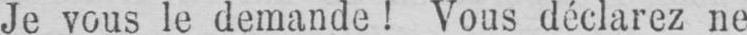
Je vous le demande! Vous déclarez ne